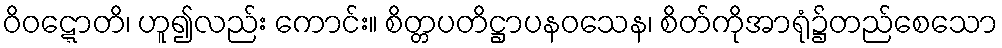
ဝိဝဋ္ဋောတိ၊ ဟူ၍လည်း ကောင်း။ စိတ္တပတိဋ္ဌာပနဝသေန၊ စိတ်ကိုအာရုံ၌တည်စေသော